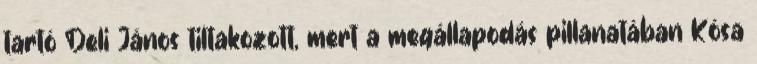
tartó Deli János tiltakozott, mert a megállapodás pillanatában Kósa